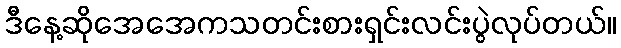
ဒီနေ့ဆိုအေအေကသတင်းစားရှင်းလင်းပွဲလုပ်တယ်။